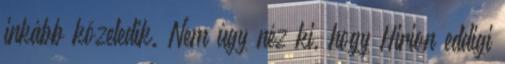
inkább közeledik. Nem úgy néz ki, hogy Hirion eddigi